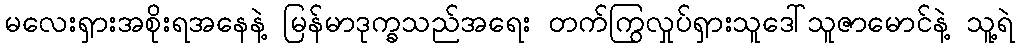
မလေးရှားအစိုးရအနေနဲ့ မြန်မာဒုက္ခသည်အရေး တက်ကြွလှုပ်ရှားသူဒေါ်သူဇာမောင်နဲ့ သူ့ရဲ